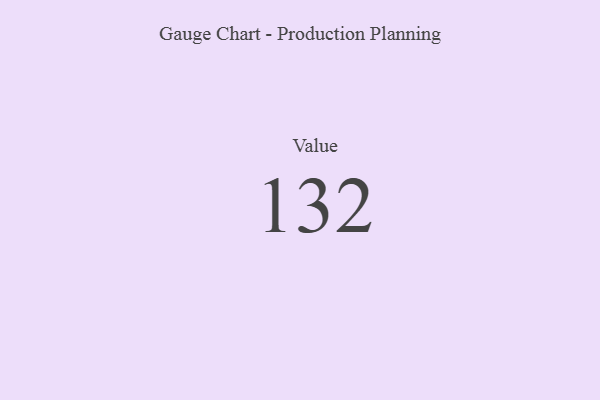
{"axis": {"x": "Metric", "y": "Value"}, "legend": [""], "data": [{"x": "Value", "y": 132, "type": ""}]}